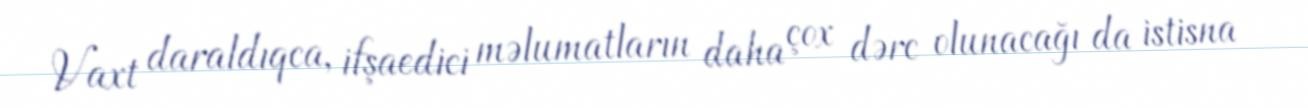
Vaxt daraldıqca, ifşaedici məlumatların daha çox dərc olunacağı da istisna